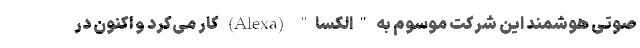
صوتی هوشمند این شرکت موسوم به "الکسا" (Alexa) کار می‌کرد و اکنون در